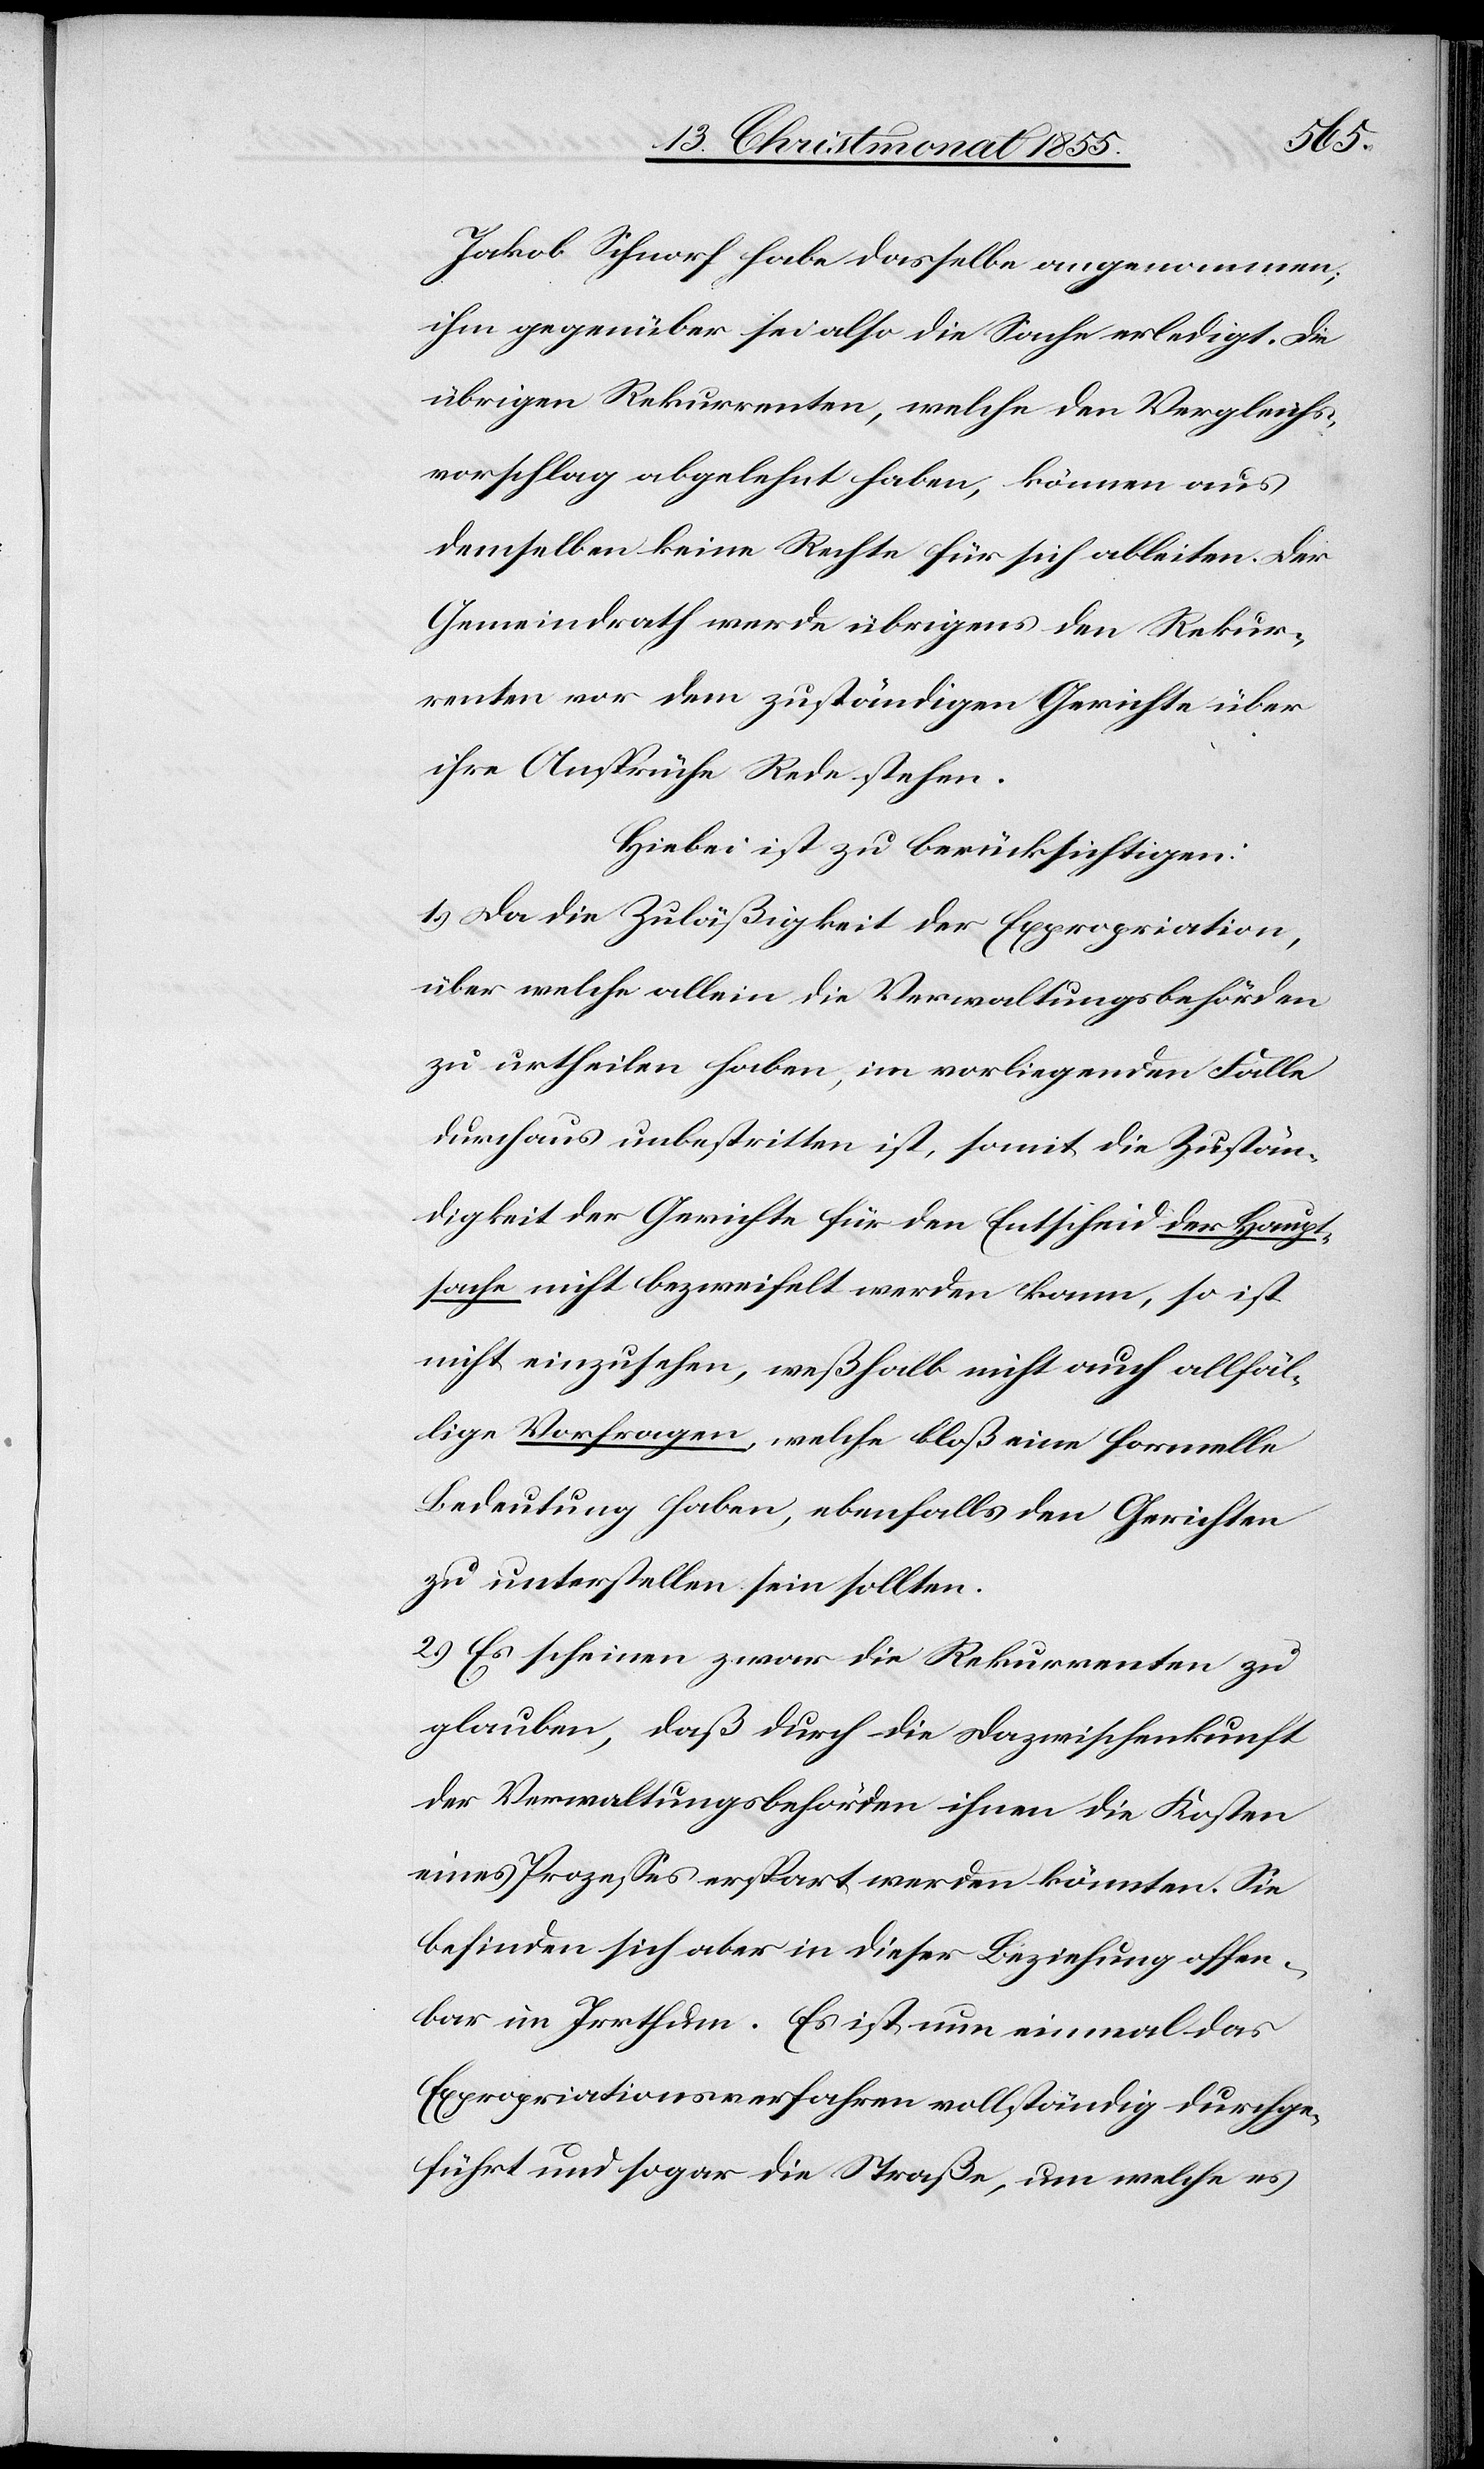
Jakob Schnorf habe dasselbe angenommen;
ihm gegenüber sei also die Sache erledigt. Die
übrigen Rekurrenten, welche den Vergleichs¬
vorschlag abgelehnt haben, können aus
demselben keine Rechte für sich ableiten. Der
Gemeindrath werde übrigens den Rekur¬
renten vor dem zuständigen Gerichte über
ihre Ansprüche Rede stehen.
Hiebei ist zu berücksichtigen:
1.) Da die Zuläßigkeit der Expropriation,
über welche allein die Verwaltungsbehörden
zu urtheilen haben, im vorliegenden Falle
durchaus unbestritten ist, somit die Zustän¬
digkeit der Gerichte für den Entscheid der Haupt¬
sache nicht bezweifelt werden kann, so ist
nicht einzusehen, weßhalb nicht auch allfäl¬
lige Vorfragen, welche bloß eine formelle
Bedeutung haben, ebenfalls den Gerichten
zu unterstellen sein sollten.
2.) Es scheinen zwar die Rekurrenten zu
glauben, daß durch die Dazwischenkunft
der Verwaltungsbehörden ihnen die Kosten
eines Prozesses erspart werden könnten. Sie
befinden sich aber in dieser Beziehung offen¬
bar im Irrthum. Es ist nun einmal das
Expropriationsverfahren vollständig durchge¬
führt und sogar die Straße, um welche es